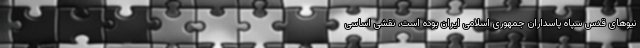
نیوهای قدس سپاه پاسداران جمهوری اسلامی ایران بوده است، نقشی اساسی